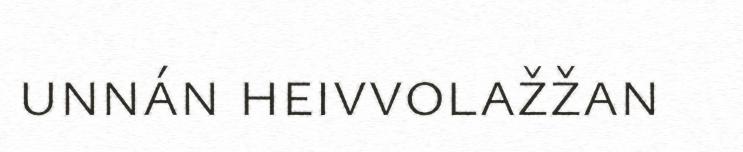
unnán heivvolažžan